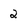
Character: 2